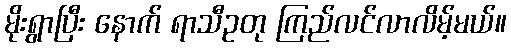
မိုးရွာပြီး နောက် ရာသီဥတု ကြည်လင်လာလိမ့်မယ်။